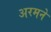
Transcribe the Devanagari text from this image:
अरमने